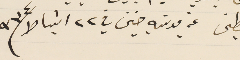
فلسَطين عن مدينة جنين في ٢٢ شباط / ٩٣٤